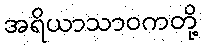
အရိယာသာဝကတို့